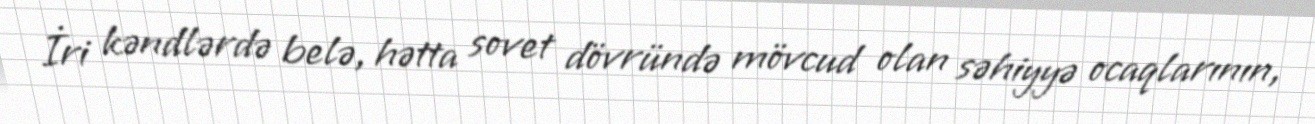
İri kəndlərdə belə, hətta sovet dövründə mövcud olan səhiyyə ocaqlarının,